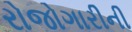
રોજોગારીની